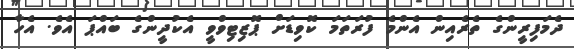
ދެމަފިރީންގެ ތެރެއިން އެންމެ ފުރަތަމަ ކޮވިޑަށް ޕޮޒިޓިވްވީ އެކުދީންގެ ބައްޕަ އެވެ. އެހާ